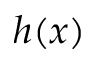
h ( x )